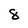
Character: 8